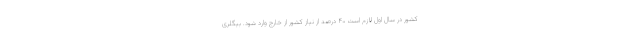
کشور در سال اول لازم است ۴۰ درصد از نیاز کشور از خارج وارد شود. بیگلری